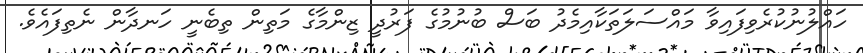
ހައްލުނުކުރެވިފައިވާ މައްސަލަތަކާއިމެދު ބަސް ބުނުމުގެ ފަރުދީ ޒިންމާގެ މަތިން ތިބެނީ ހަނދާން ނެތިފައެވެ.